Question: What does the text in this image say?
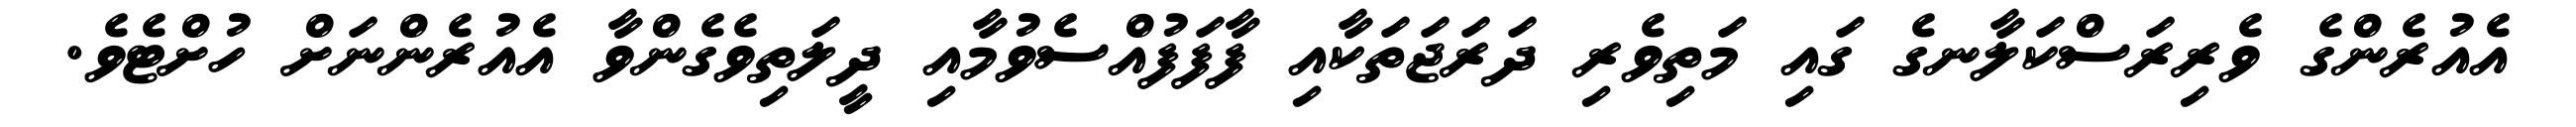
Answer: އެއުރެންގެ ވެރިރަސްކަލާނގެ ގައި މަތިވެރި ދަރަޖަތަކާއި ފާފަފުއްސެވުމާއި ދީލަތިވެގެންވާ އެއުރެންނަށް ހުށްޓެވެ.